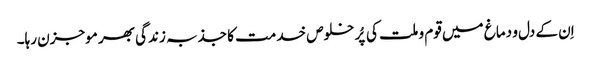
اِن کے دل و دماغ میں قوم و ملت کی پُر خلوص خدمت کا جذبہ زندگی بھر موجزن رہا۔